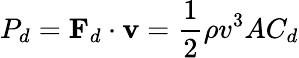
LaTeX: P_{d}=\mathbf{F}_{d}\cdot\mathbf{v}={\frac{1}{2}}\rho v^{3}AC_{d}